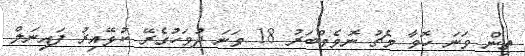
ތިން ވަނަ ހޮވާ މެޗު ނޮވެމްބަރު 18 ވަނަ ދުވަހުގެރޭ ކުޅޭއިރު ފައިނަލް